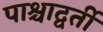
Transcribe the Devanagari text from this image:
पाश्चाद्वर्ती